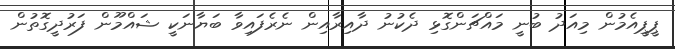
ޕީޕީއެމުން މިއަދު ބުނީ މައްޗަންގޮޅި ދެކުނު ދާއިރާއިން ނެރެފައިވާ ބަޔާނަކީ ޝައްމޫން ފަރުދީގޮތުން